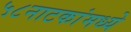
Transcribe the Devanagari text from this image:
५८नाटकांमध्ये